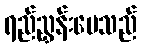
ရည်ညွှန်းပေသည်